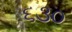
૬૩૦